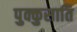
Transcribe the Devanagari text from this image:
पुक्कुसाति